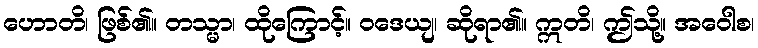
ဟောတိ၊ ဖြစ်၏။ တသ္မာ၊ ထိုကြောင့်။ ဝဒေယျ၊ ဆိုရာ၏။ ဣတိ၊ ဤသို့။ အဝေါစ၊